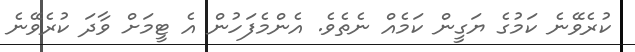
ކުރެވޭނެ ކަމުގެ ޔަގީން ކަމެއް ނެތެވެ. އެންމެފަހުން އެ ޓީމަށް ވާދަ ކުރެވޭނެ